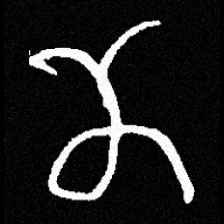
Pyu character \u2014 Myanmar letter: ဏ (romanized: nna)